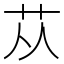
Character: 苁